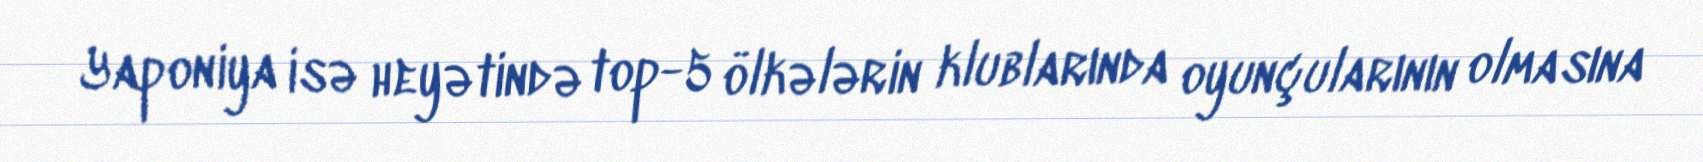
Yaponiya isə heyətində top-5 ölkələrin klublarında oyunçularının olmasına